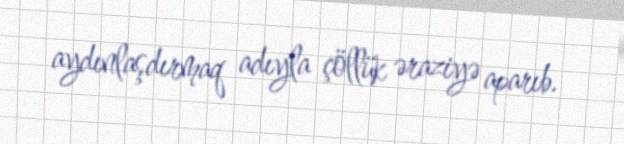
aydınlaşdırmaq adıyla çöllük əraziyə aparıb.